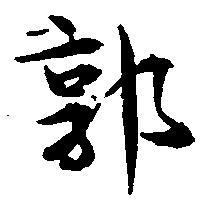
郭